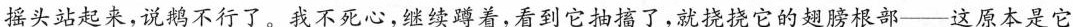
摇头站起来，说鹅不行了。我不死心，继续蹲着，看到它抽搐了，就挠挠它的翅膀根部--这原本是它